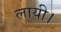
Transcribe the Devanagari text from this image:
लायी।